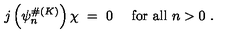
j \left( \psi _ { n } ^ { \# ( K ) } \right) \chi \ = \ 0 \ \quad \mathrm { f o r \ a l l } \ n > 0 \ .